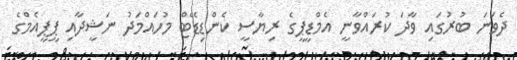
ދެވަނަ ބުރުގައި ވާދަ ކުރައްވާނީ އެމްޑީޕީގެ ރިޔާސީ ކެންޑިޑޭޓް މުހައްމަދު ނަޝީދާއި ޕީޕީއެމްގެ